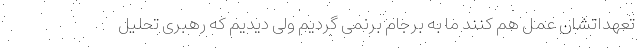
تعهداتشان عمل هم کنند ما به برجام برنمی گردیم ولی دیدیم که رهبری تحلیل